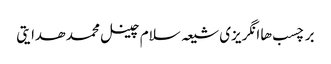
برچسب ها انگریزی شیعہ سلام چینل محمد ھدایتی